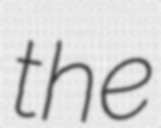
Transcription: the